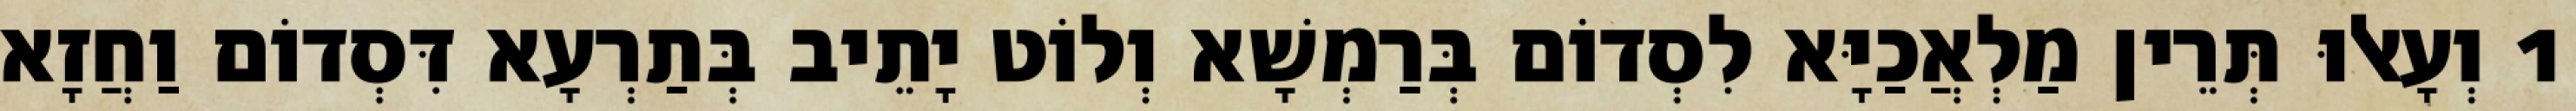
1 וְעָאלוּ תְּרֵין מַלְאֲכַיָּא לִסְדוֹם בְּרַמְשָׁא וְלוֹט יָתֵיב בְּתַרְעָא דִּסְדוֹם וַחֲזָא